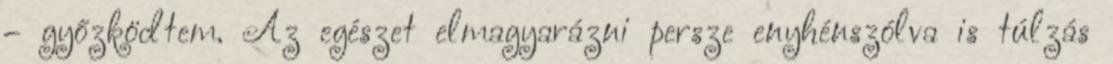
– győzködtem. Az egészet elmagyarázni persze enyhénszólva is túlzás